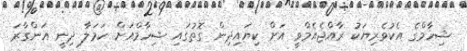
ޝިހާމްގެ އެކުވެރިޔަކު ރާއްޖެއެމްވީ އަށް ކިޔައިދިން ގޮތުގައި ޝިހާމްއަށް ހަމަލާ ދިނީ އަންގާރަ